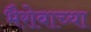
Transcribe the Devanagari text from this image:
भैरोबाच्या